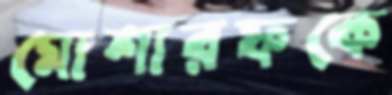
মোশারফকে